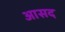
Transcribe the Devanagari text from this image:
आसद